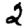
Digit: 2